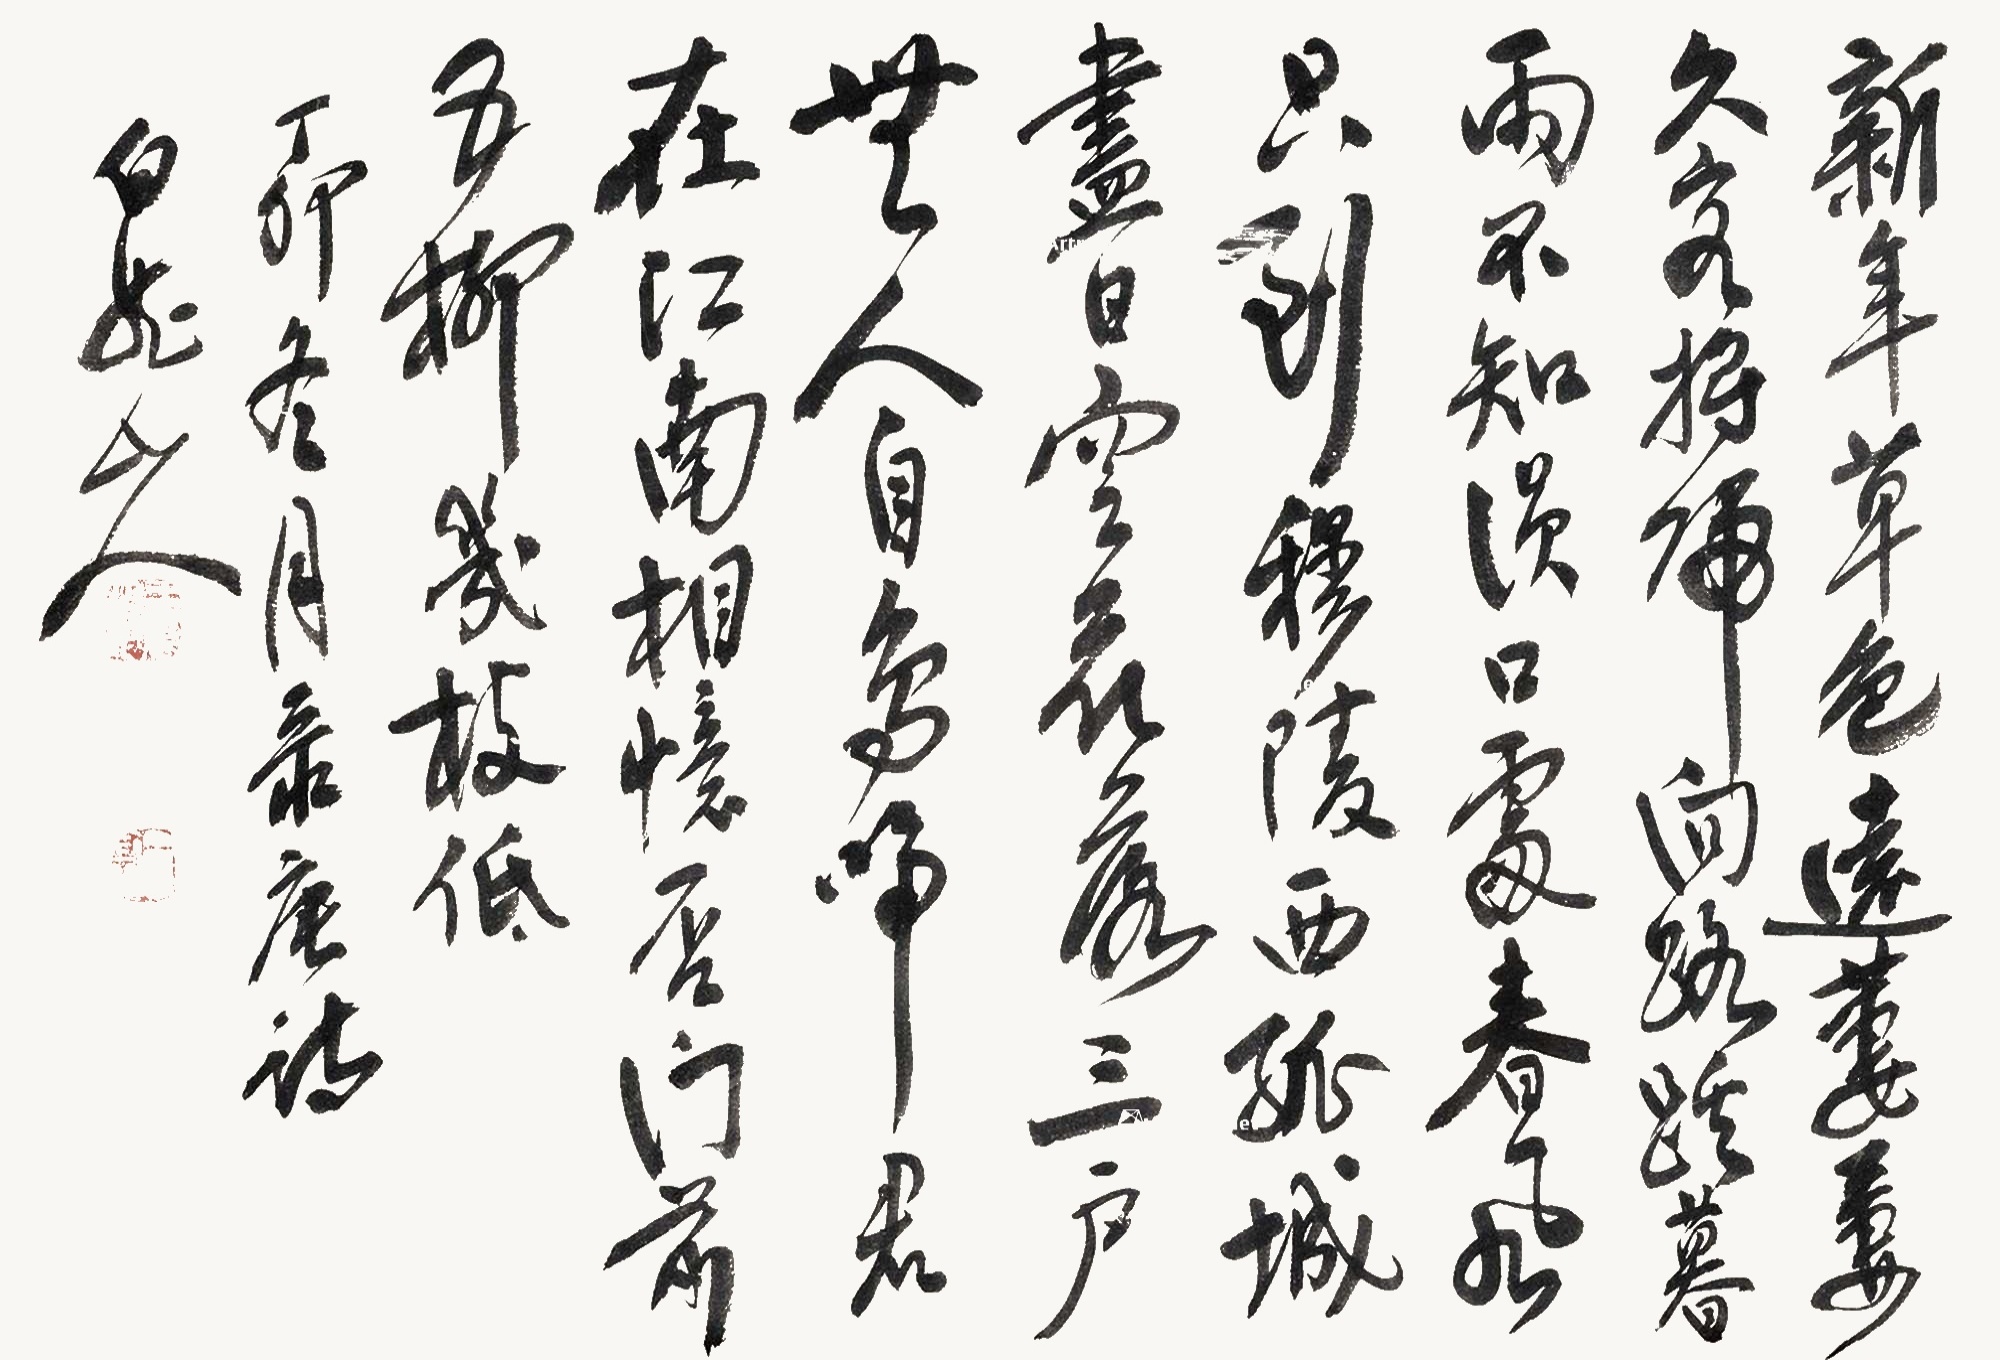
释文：新年草色远萋萋，久客将归向路蹊。暮雨不知涢口处，春风只到穆陵西。孤城尽日空花落，三户无人自鸟啼。君在江南相忆否，门前五柳几枝低。丁卯冬月录唐诗，白龙山人。